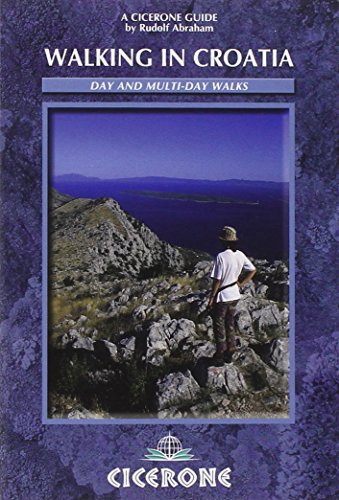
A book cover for Walking in Croatia (Cicerone Guides); Rudolf Abraham; Travel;